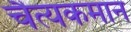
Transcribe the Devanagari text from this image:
चैत्यकमान